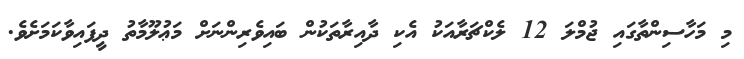
މި މަހާސިންތާގައި ޖުމްލަ 12 ލެކްޗަރާއަކު އެކި ދާއިރާތަކުން ބައިވެރިންނަށް މަޢުލޫމާތު ދީފައިވާކަމަށެވެ.